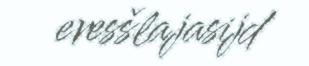
eresšlajasijd